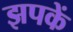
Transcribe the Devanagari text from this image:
झपकें